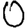
Digit: 0